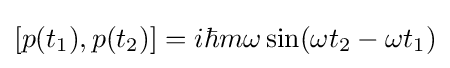
[p(t_{1}),p(t_{2})]=i\hbar m\omega \sin(\omega t_{2}-\omega t_{1})